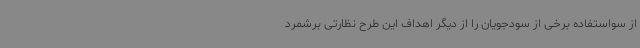
از سواستفاده برخی از سودجویان را از دیگر اهداف این طرح نظارتی برشمرد